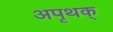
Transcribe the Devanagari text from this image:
अपृथक्